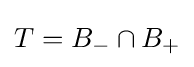
T=B_{-}\cap B_{+}